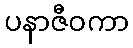
ပနာဇီဝကာ